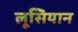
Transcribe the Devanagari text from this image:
लूसियान